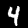
Digit: 4